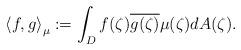
LaTeX: \begin{align*}\left\langle f,g\right\rangle_{\mu} :=\int_{D}f(\zeta)\overline{g(\zeta)}\mu(\zeta)dA(\zeta).\end{align*}